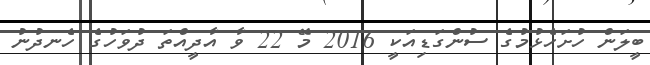
ބީލަން ހުށަހެޅުމުގެ ސުންގަޑިއަކީ 2016 މޭ 22 ވާ އާދީއްތަ ދުވަހުގެ ހެނދުނު